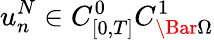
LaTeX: u_{n}^{N}\in C_{[0,T]}^{0}C_{\Bar{\Omega}}^{1}